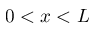
0 < x < L